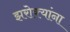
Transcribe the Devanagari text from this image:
झरोक्यांना